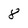
Character: 8